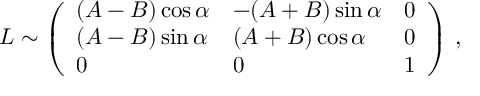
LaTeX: L \sim \left( \begin{array} { l l l } { { ( A - B ) \cos \alpha } } & { { - ( A + B ) \sin \alpha } } & { { 0 } } \\ { { ( A - B ) \sin \alpha } } & { { ( A + B ) \cos \alpha } } & { { 0 } } \\ { { 0 } } & { { 0 } } & { { 1 } } \end{array} \right) \, ,